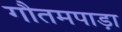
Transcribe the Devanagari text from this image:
गौतमपाड़ा